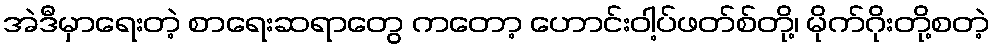
အဲဒီမှာရေးတဲ့ စာရေးဆရာတွေ ကတော့ ဟောင်းဝါ့ပ်ဖတ်စ်တို့၊ မိုက်ဂိုးတို့စတဲ့